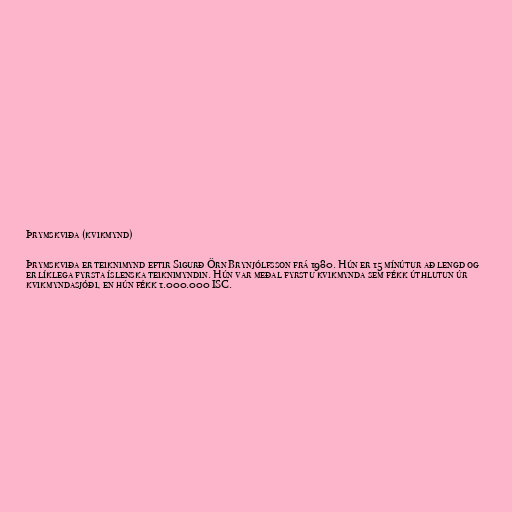
Þrymskviða (kvikmynd)

Þrymskviða er teiknimynd eftir Sigurð Örn Brynjólfsson frá 1980. Hún er 15 mínútur að lengd og
er líklega fyrsta íslenska teiknimyndin. Hún var meðal fyrstu kvikmynda sem fékk úthlutun úr
kvikmyndasjóði, en hún fékk 1.000.000 ISC.